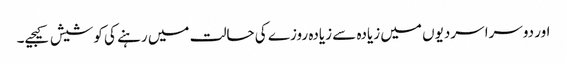
اور دوسرا سردیوں میں زیادہ سے زیادہ روزے کی حالت میں رہنے کی کوشیش کیجیے۔